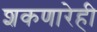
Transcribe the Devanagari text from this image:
शकणारेही